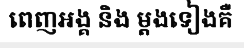
ពេញអង្គ និង ម្តងទៀងគឺ